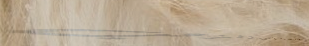
محلات بيع المجوهرات الذهب